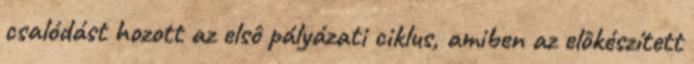
csalódást hozott az elsô pályázati ciklus, amiben az elôkészített